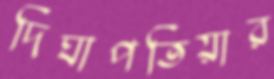
দিঘাপতিয়ার